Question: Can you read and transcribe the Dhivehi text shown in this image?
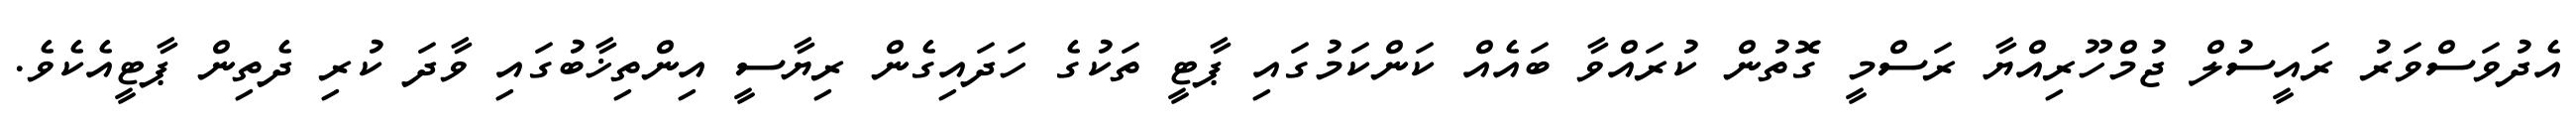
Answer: އެދުވަސްވަރު ރައީސުލް ޖުމްހޫރިއްޔާ ރަސްމީ ގޮތުން ކުރައްވާ ބައެއް ކަންކަމުގައި ޕާޓީ ތަކުގެ ހަދައިގެން ރިޔާސީ އިންތިޚާބުގައި ވާދަ ކުރި ދެތިން ޕާޓީއެކެވެ.